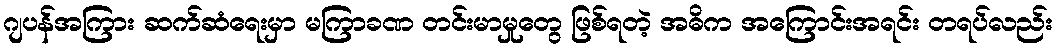
ဂျပန်အကြား ဆက်ဆံရေးမှာ မကြာခဏ တင်းမာမှုတွေ ဖြစ်ရတဲ့ အဓိက အကြောင်းအရင်း တရပ်လည်း